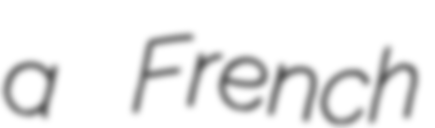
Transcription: a French